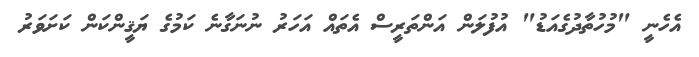
އެހެނީ "މުހުތާދުގެއަޑު" އުފުލަން އަންތަރީސް އެތައް އަހަރު ނުނަގާނެ ކަމުގެ ޔަޤީންކަން ކަށަވަރު